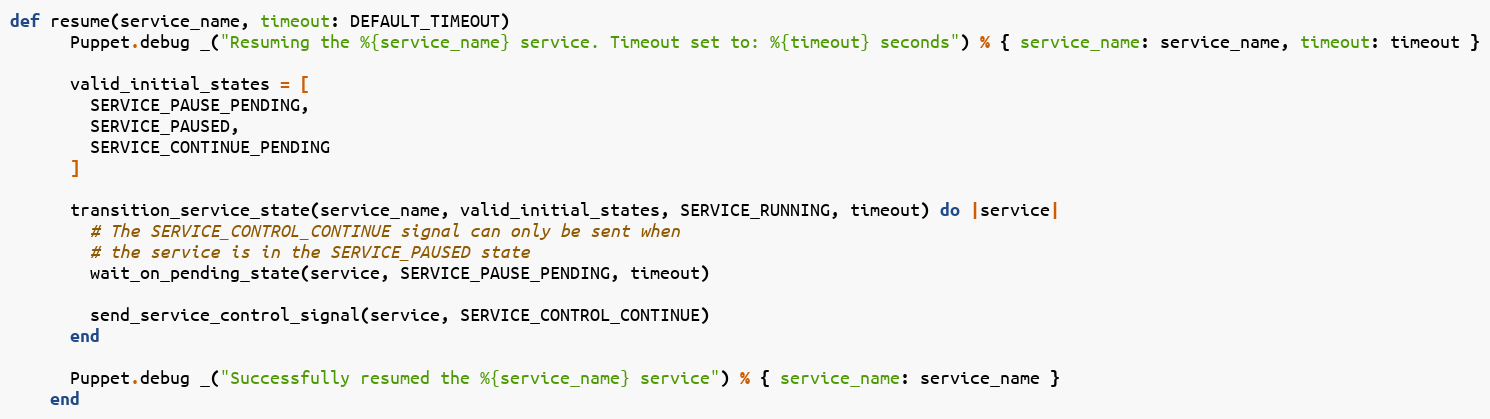
Language: Ruby
def resume(service_name, timeout: DEFAULT_TIMEOUT)
      Puppet.debug _("Resuming the %{service_name} service. Timeout set to: %{timeout} seconds") % { service_name: service_name, timeout: timeout }

      valid_initial_states = [
        SERVICE_PAUSE_PENDING,
        SERVICE_PAUSED,
        SERVICE_CONTINUE_PENDING
      ]

      transition_service_state(service_name, valid_initial_states, SERVICE_RUNNING, timeout) do |service|
        # The SERVICE_CONTROL_CONTINUE signal can only be sent when
        # the service is in the SERVICE_PAUSED state
        wait_on_pending_state(service, SERVICE_PAUSE_PENDING, timeout)

        send_service_control_signal(service, SERVICE_CONTROL_CONTINUE)
      end

      Puppet.debug _("Successfully resumed the %{service_name} service") % { service_name: service_name }
    end